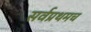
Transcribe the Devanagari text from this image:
सर्वप्रथमच